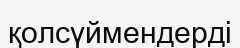
қолсүймендерді